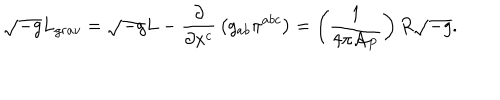
LaTeX: \sqrt { - g } L _ { g r a v } = \sqrt { - g } L - { \frac { \partial } { \partial x ^ { c } } } \left( g _ { a b } \pi ^ { a b c } \right) = \left( { \frac { 1 } { 4 \pi { \cal A } _ { P } } } \right) R \sqrt { - g } .